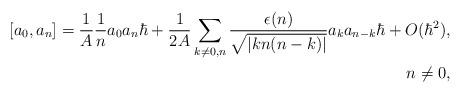
LaTeX: \begin{align*}[a_{0},a_{n}]={1 \over A}{1 \over n}a_{0}a_{n}\hbar +{1 \over 2A}\sum _{k \ne 0,n}{\epsilon(n) \over \sqrt{|kn(n-k)|}}a_{k}a_{n-k}\hbar+O(\hbar^{2}), \\ n \ne 0,\end{align*}